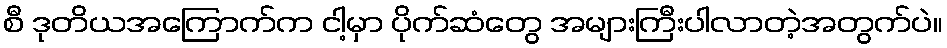
စီ ဒုတိယအကြောက်က ငါ့မှာ ပိုက်ဆံတွေ အများကြီးပါလာတဲ့အတွက်ပဲ။